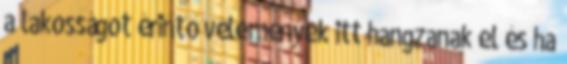
a lakosságot érintő vélemények itt hangzanak el és ha